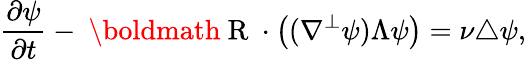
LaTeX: \frac{\partial\psi}{\partial t}-\mathrm{~\boldmath~R~}\cdot\left((\nabla^{\perp}\psi)\Lambda\psi\right)=\nu\triangle\psi,